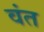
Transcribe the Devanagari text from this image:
वंत